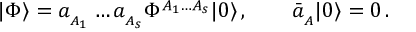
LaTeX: | \Phi \rangle = a _ { _ { A _ { 1 } } } \ldots a _ { _ { A _ { s } } } \Phi ^ { { \scriptstyle A _ { 1 } \ldots A _ { s } } } | 0 \rangle \, , \qquad \bar { a } _ { _ A } | 0 \rangle = 0 \, .